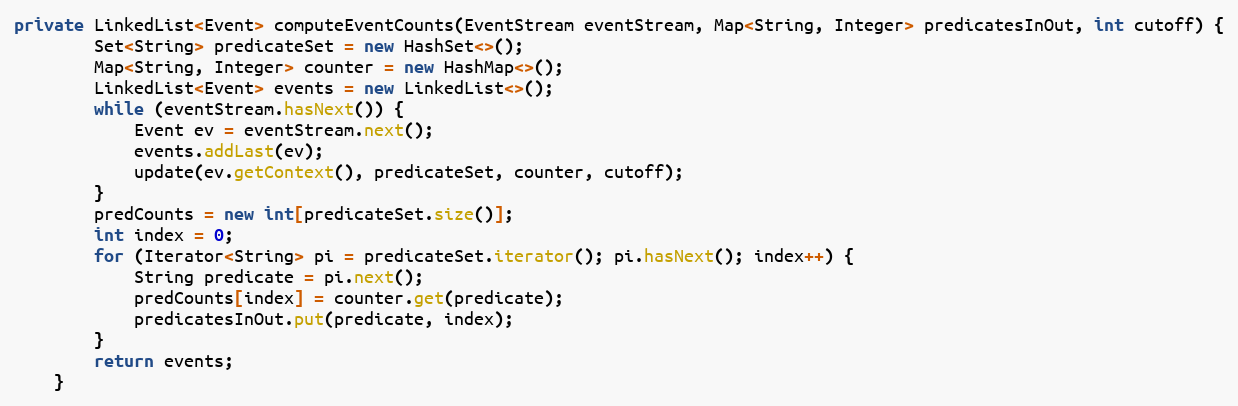
Language: Java
private LinkedList<Event> computeEventCounts(EventStream eventStream, Map<String, Integer> predicatesInOut, int cutoff) {
        Set<String> predicateSet = new HashSet<>();
        Map<String, Integer> counter = new HashMap<>();
        LinkedList<Event> events = new LinkedList<>();
        while (eventStream.hasNext()) {
            Event ev = eventStream.next();
            events.addLast(ev);
            update(ev.getContext(), predicateSet, counter, cutoff);
        }
        predCounts = new int[predicateSet.size()];
        int index = 0;
        for (Iterator<String> pi = predicateSet.iterator(); pi.hasNext(); index++) {
            String predicate = pi.next();
            predCounts[index] = counter.get(predicate);
            predicatesInOut.put(predicate, index);
        }
        return events;
    }